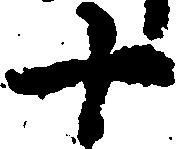
十